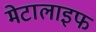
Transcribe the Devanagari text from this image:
मेटालाइफ